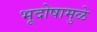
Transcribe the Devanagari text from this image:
भूदोषामुळे